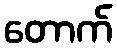
တောက်